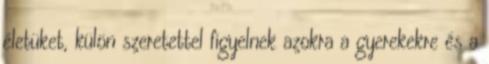
életüket, külön szeretettel figyelnek azokra a gyerekekre és a